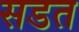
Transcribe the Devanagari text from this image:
सडत